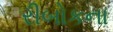
રીબોકના